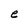
Character: e